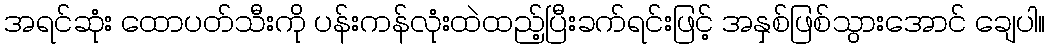
အရင်ဆုံး ထောပတ်သီးကို ပန်းကန်လုံးထဲထည့်ပြီးခက်ရင်းဖြင့် အနှစ်ဖြစ်သွားအောင် ချေပါ။